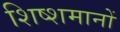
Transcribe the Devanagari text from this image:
शिष्शमानों